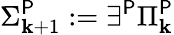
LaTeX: \Sigma_{\mathbf{k}+1}^{\mathsf{{P}}}:=\exists^{\mathsf{{P}}}\Pi_{\mathbf{k}}^{\mathsf{{P}}}